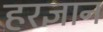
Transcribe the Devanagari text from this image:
हरज्ञान